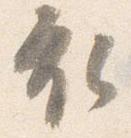
衣